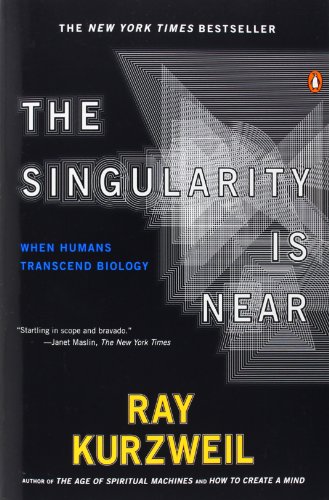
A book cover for The Singularity Is Near: When Humans Transcend Biology; Ray Kurzweil; Engineering & Transportation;